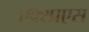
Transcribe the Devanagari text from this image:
एक्स्प्रएस